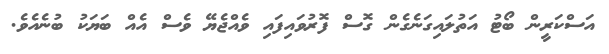
އަސްކަރީން ބޯޓު އަތުލައިގަނެގެން ގޮސް ފޮރުވައިފައި ވެއްޖެޔޭ ވެސް އެއް ބަޔަކު ބުނެއެވެ.